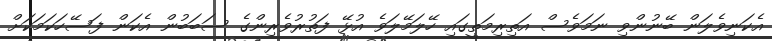
އެކަނިވެލަން ބޭނުންވި ނަމަވެސް އަތިރިމަތީގައި ހޭލަމޭލަވެ އުޅޭ ފަތުރުވެރިންގެ ސަބަބުން އެކަން ފަސޭހަކަމަކަށް